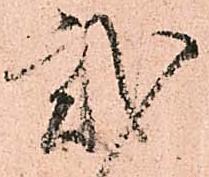
弐